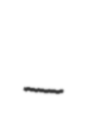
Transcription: –